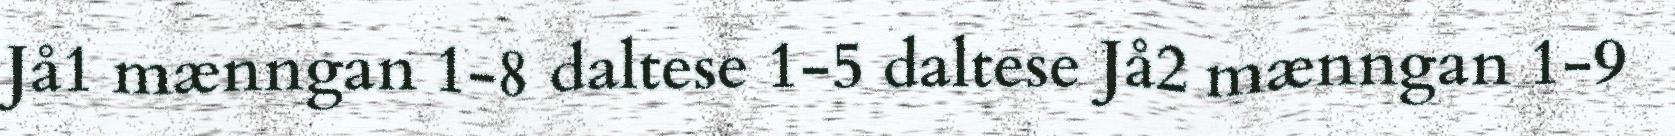
Jå1 mænngan 1-8 daltese 1-5 daltese Jå2 mænngan 1-9